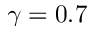
\gamma = 0 . 7